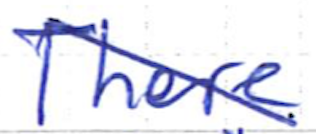
Text: There
Cross-out: diagonal
Writing tool: ballpoint